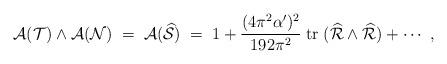
LaTeX: \begin{align*}{ {\cal A}}({\cal T})\wedge { {\cal A}}({\cal N})\; = \;{ {\cal A}}({\widehat{ \cal S}})\; =\; 1 +{(4\pi^2\alpha^\prime)^2\over 192\pi^2}\; {\rm tr}\; ({\widehat {\cal R}}\wedge {\widehat {\cal R}}) + \cdots \ ,\end{align*}